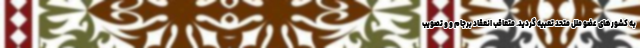
به کشورهای عضو ملل متحد تعبیه گردید. متعاقب انعقاد برجام و و تصویب